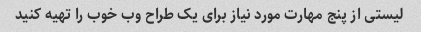
لیستی از پنج مهارت مورد نیاز برای یک طراح وب خوب را تهیه کنید